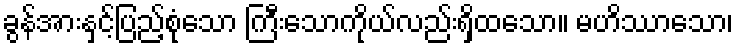
ခွန်အားနှင့်ပြည့်စုံသော ကြီးသောကိုယ်လည်းရှိထသော။ မဟိဿာသော၊